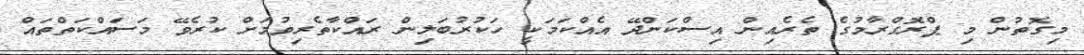
މިގޮތުން މި ޕްރޮގްރާމުގެ ތެރެއިން އިސްކަންދޭ އެއްކަމަކީ ހަކުރުބަލިން ރައްކާތެރިވުމަށް ކުރެވޭ މަސައްކަތްތައް